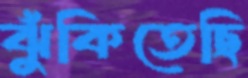
ঝুঁকিতেছি